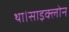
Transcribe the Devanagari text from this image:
था।साइक्लोन